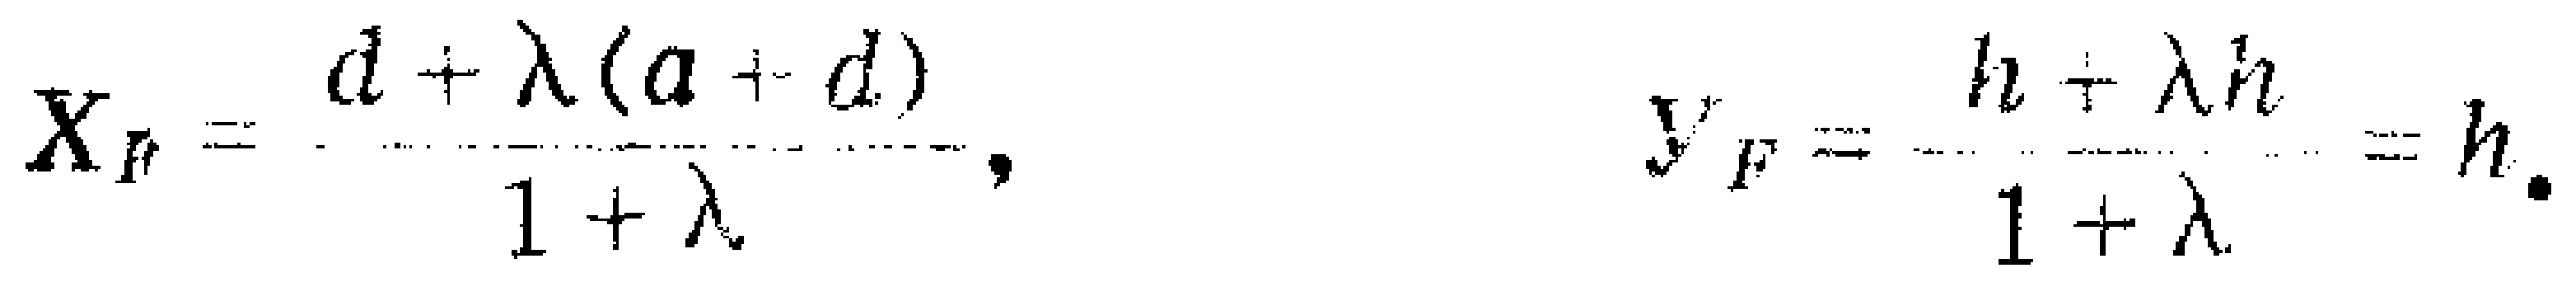
\[
X_{F}=\frac{d+\lambda(a + d)}{1+\lambda},\quad
y_{F}=\frac{h+\lambda h}{1+\lambda}=h.
\]